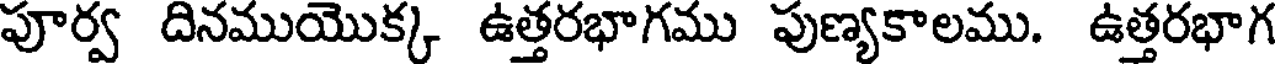
పూర్వ దినముయొక్క ఉత్తరభాగము పుణ్యకాలము. ఉత్తరభాగ